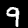
Digit: 9